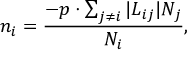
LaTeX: n _ { i } = \frac { - p \cdot \sum _ { j \neq i } | { \cal L } _ { i j } | N _ { j } } { N _ { i } } ,